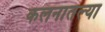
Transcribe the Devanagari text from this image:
कलनातल्या